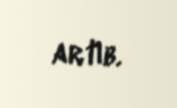
artıb.